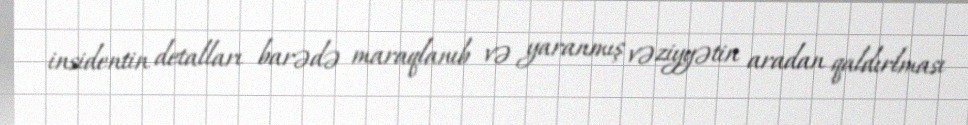
insidentin detalları barədə maraqlanıb və yaranmış vəziyyətin aradan qaldırlması